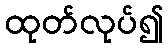
ထုတ်လုပ်၍